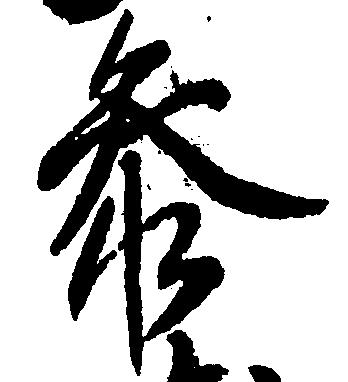
参